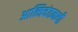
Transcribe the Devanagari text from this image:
आत्मिचंतनथी